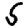
Digit: 5